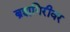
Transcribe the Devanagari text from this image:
ब्रह्मगिरीवर